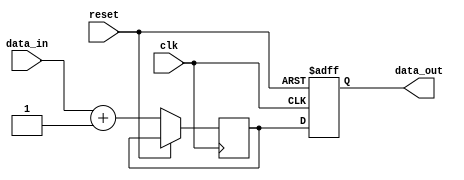
module BehavioralModel (
    input wire clk,          // Clock input
    input wire reset,        // Asynchronous reset
    input wire [7:0] data_in, // 8-bit data input
    output reg [7:0] data_out // 8-bit data output
);

    // Internal signal for intermediate processing
    reg [7:0] temp;

    // Task definition for data processing
    task process_data;
        input [7:0] in_data;
        begin
            // Use non-blocking assignment to update the internal register
            temp <= in_data + 1; // Example operation: increment input data
        end
    endtask

    // Continuous assignment using non-blocking assignment
    always @(posedge clk or posedge reset) begin
        if (reset) begin
            data_out <= 8'b0; // Asynchronously reset data_output
        end else begin
            // Call the task with the data input
            process_data(data_in);
            // Update the output based on the processed data
            data_out <= temp; // Use non-blocking assignment for output
        end
    end

endmodule